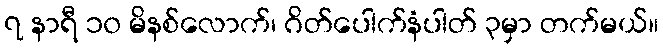
၇ နာရီ ၁၀ မိနစ်လောက်၊ ဂိတ်ပေါက်နံပါတ် ၃မှာ တက်မယ်။